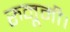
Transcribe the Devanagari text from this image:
रुनूमी।